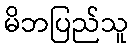
မိဘပြည်သူ